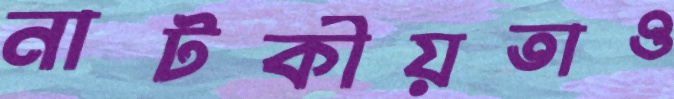
নাটকীয়তাও